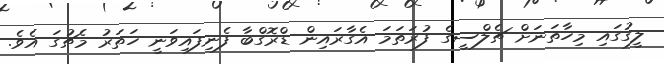
ލީގުގައި މިހާތަނަށް ޗެލްސީގެ ފުރަތަަމަ އެގާރައިން ޑްރޮގްބާ ފެނިފައިވަނީ ހަތަރު މެޗުގަ އެވެ.